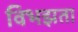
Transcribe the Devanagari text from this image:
विभझता